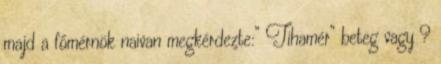
majd a főmérnök naivan megkérdezte:” Tihamér” beteg vagy ?